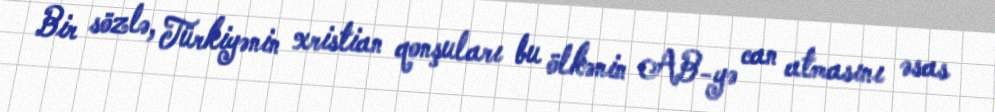
Bir sözlə, Türkiyənin xristian qonşuları bu ölkənin AB-yə can atmasını əsas